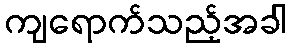
ကျရောက်သည့်အခါ